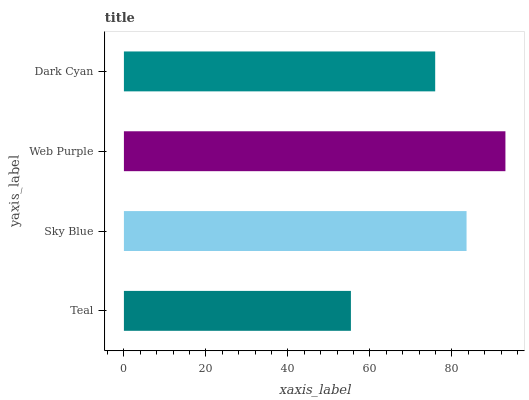
| yaxis_label | bars |
 | --- | --- |
 | Teal | 55.4 |
 | Sky Blue | 83.6 |
 | Web Purple | 93.1 |
 | Dark Cyan | 75.9 |